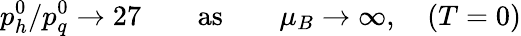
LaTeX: p_{h}^{0}/p_{q}^{0}\to 27\qquad\mathrm{as}\qquad\mu_{B}\to\infty,\quad(T=0)